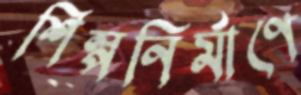
শিল্পনির্মাণে